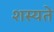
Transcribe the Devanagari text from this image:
शस्यते